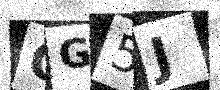
Text: QG5J